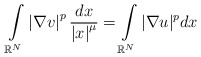
\begin{align*}\int\limits_{\mathbb{R}^{N}}\left\vert \nabla v\right\vert ^{p}\frac{dx}{\left\vert x\right\vert^{\mu}}=\int\limits_{\mathbb{R}^{N}}|\nabla u|^{p}dx\end{align*}